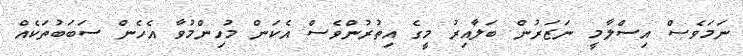
ނަމަވެސް އިސްލާމީ ނަޒަރުން ބަލާއިރު މީގެ އިތުރުންވެސް އެކަން މުހިންމުވާ އެހެން ސަބަބުތަކެއް